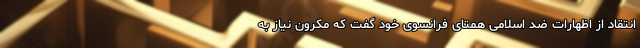
انتقاد از اظهارات ضد اسلامی همتای فرانسوی خود گفت که مکرون نیاز به